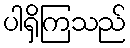
ပါရှိကြသည်